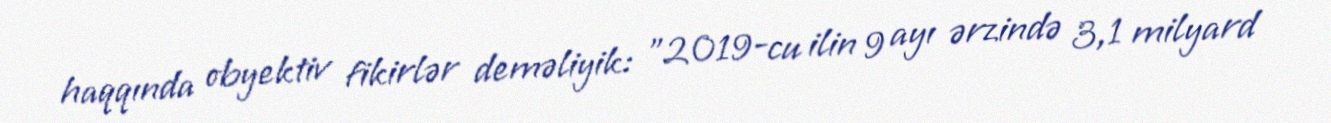
haqqında obyektiv fikirlər deməliyik: "2019-cu ilin 9 ayı ərzində 3,1 milyard